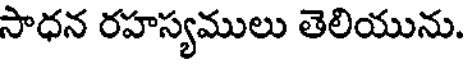
సాధన రహస్యములు తెలియును.